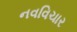
નવવિચાર